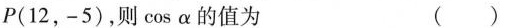
P(12，-5)，则cosα的值为 ()